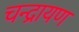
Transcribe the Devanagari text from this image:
चन्द्रायण